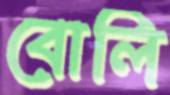
বোলি